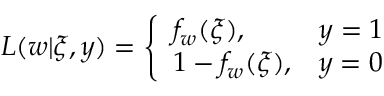
L ( w | \xi , y ) = \left\{ \begin{array} { l l } { f _ { w } ( \xi ) , } & { y = 1 } \\ { 1 - f _ { w } ( \xi ) , } & { y = 0 } \end{array} \right.